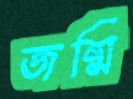
জন্মি